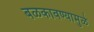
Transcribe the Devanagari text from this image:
बळकावण्यामुळे